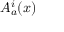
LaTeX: A _ { a } ^ { i } ( x )